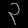
Digit: ၃